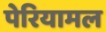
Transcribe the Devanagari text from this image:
पेरियामल